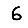
Digit: 6